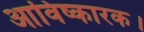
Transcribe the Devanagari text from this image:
आविष्कारक।